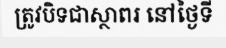
ត្រូវបិទជាស្ថាពរ នៅថ្ងៃទី